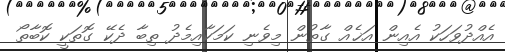
އެއްދުވަހަކު އެއިން އަޚެއް ގާތުން މިވެނި ކަމަކާއިމެދު ތިބާ ދެކޭ ގޮތަކީ ކޮބާތޯ